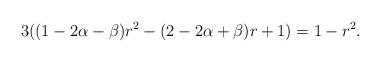
LaTeX: \begin{align*}3((1-2\alpha-\beta)r^2-(2-2\alpha+\beta)r+1)=1-r^2. \end{align*}